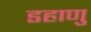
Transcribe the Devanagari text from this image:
डहाणु